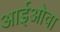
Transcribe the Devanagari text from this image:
आईओवा